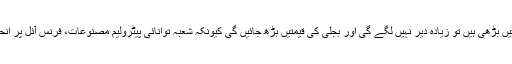
پیٹرول کی قیمتیں بڑھی ہیں تو زیادہ دیر نہیں لگے گی اور بجلی کی قیمتیں بڑھ جائیں گی کیونکہ شعبہ توانائی پیٹرولیم مصنوعات، فرنس آئل پر انحصار کرتا ہے۔